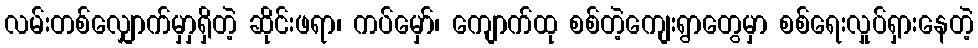
လမ်းတစ်လျှောက်မှာှရှိတဲ့ ဆိုင်းဖရာ၊ ကပ်မှော်၊ ကျောက်ထု စစ်တဲ့ကျေးရွာတွေမှာ စစ်ရေးလှုပ်ရှားနေတဲ့